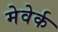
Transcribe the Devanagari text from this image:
मेवेर्क